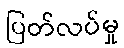
ပြတ်လပ်မှု